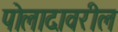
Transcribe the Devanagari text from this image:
पोलादावरील